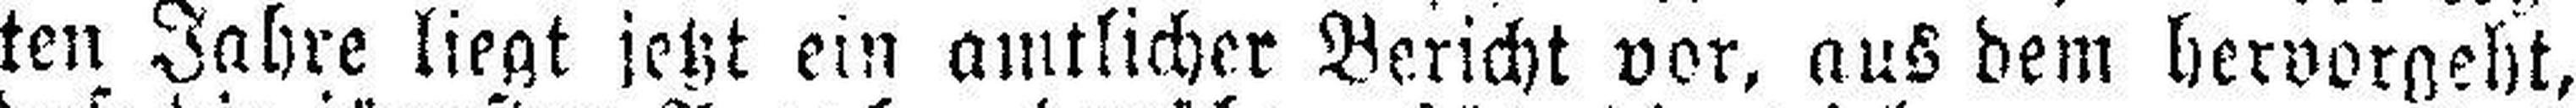
ten Jahre liegt jetzt ein amtlicher Bericht vor, aus dem hervorgeht,